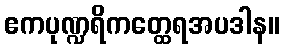
ဧကပုဏ္ဍရိကတ္ထေရအပဒါန။